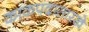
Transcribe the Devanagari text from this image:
काकपदासारखे